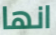
انها